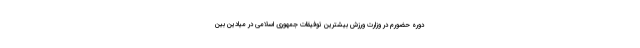
دوره حضورم در وزارت ورزش بیشترین توفیقات جمهوری اسلامی در میادین بین